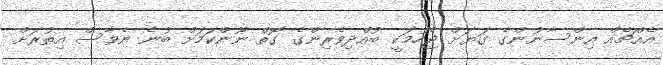
އެެއްޗެއް އިންސާނުންގެ ގަޔަށް ޖެހުމަކީ ބުއްދިވެރިންގެ ގޮތް ނޫންކަމަށް ބުނެ ނެވާސް އިތުރަށް